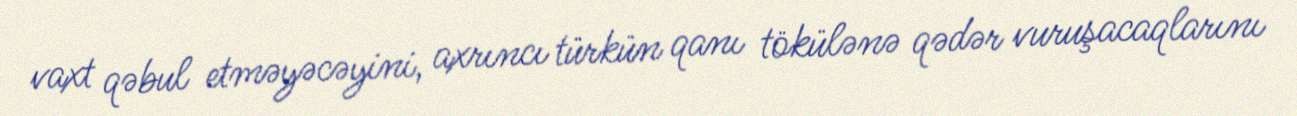
vaxt qəbul etməyəcəyini, axrıncı türkün qanı tökülənə qədər vuruşacaqlarını